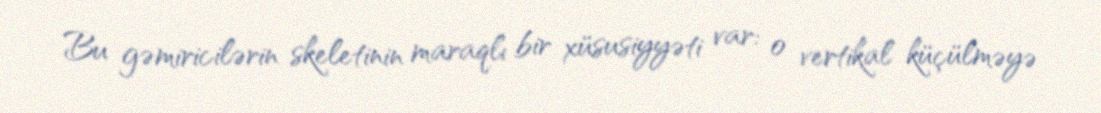
Bu gəmiricilərin skeletinin maraqlı bir xüsusiyyəti var: o vertikal küçülməyə